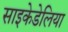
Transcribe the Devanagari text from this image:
साइकेडेलिया